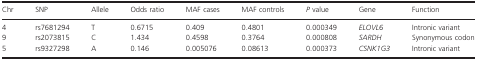
<table><thead><tr><td><b>Chr</b></td><td><b>SNP</b></td><td><b>Allele</b></td><td><b>Odds ratio</b></td><td><b>MAF cases</b></td><td><b>MAF controls</b></td><td><b><i>P</i> value</b></td><td><b>Gene</b></td><td><b>Function</b></td></tr></thead><tbody><tr><td>4</td><td>rs7681294</td><td>T</td><td>0.6715</td><td>0.409</td><td>0.4801</td><td>0.000349</td><td><i>ELOVL6</i></td><td>Intronic variant</td></tr><tr><td>9</td><td>rs2073815</td><td>C</td><td>1.434</td><td>0.4598</td><td>0.3764</td><td>0.000808</td><td><i>SARDH</i></td><td>Synonymous codon</td></tr><tr><td>5</td><td>rs9327298</td><td>A</td><td>0.146</td><td>0.005076</td><td>0.08613</td><td>0.000373</td><td><i>CSNK1G3</i></td><td>Intronic variant</td></tr></tbody></table>